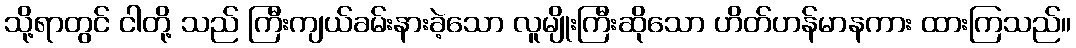
သို့ရာတွင် ငါတို့ သည် ကြီးကျယ်ခမ်းနားခဲ့သော လူမျိုးကြီးဆိုသော ဟိတ်ဟန်မာနကား ထားကြသည်။